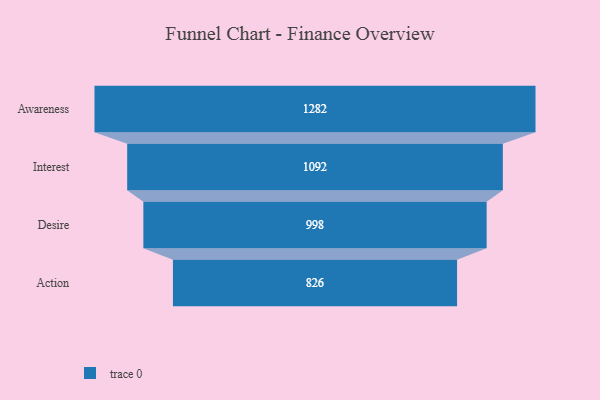
{"axis": {"x": "Stage", "y": "Value"}, "legend": [""], "data": [{"x": "Awareness", "y": 1282.0, "type": ""}, {"x": "Interest", "y": 1092.0, "type": ""}, {"x": "Desire", "y": 998.0, "type": ""}, {"x": "Action", "y": 826.0, "type": ""}]}